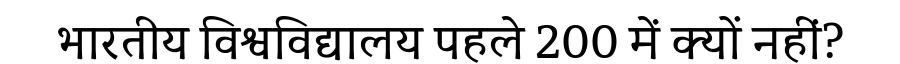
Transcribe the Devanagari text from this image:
भारतीय विश्वविद्यालय पहले 200 में क्यों नहीं?